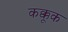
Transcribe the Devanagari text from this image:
कक्कूक